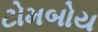
ટોમબોય